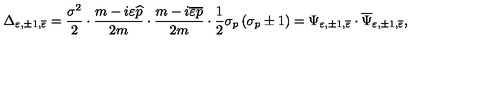
\Delta _ { \varepsilon , \pm 1 , \overline { { \varepsilon } } } = \frac { \sigma ^ { 2 } } 2 \cdot \frac { m - i \varepsilon \widehat { p } } { 2 m } \cdot \frac { m - i \overline { { \varepsilon } } \overline { { p } } } { 2 m } \cdot \frac 1 2 \sigma _ { p } \left( \sigma _ { p } \pm 1 \right) = \Psi _ { \varepsilon , \pm 1 , \overline { { \varepsilon } } } \cdot \overline { { \Psi } } _ { \varepsilon , \pm 1 , \overline { { \varepsilon } } } ,